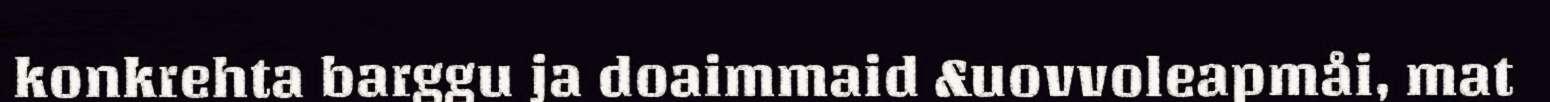
konkrehta barggu ja doaimmaid &uovvoleapmåi, mat